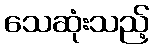
သေဆုံးသည့်